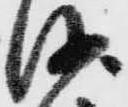
沙